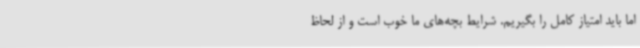
اما باید امتیاز کامل را بگیریم. شرایط بچه‌های ما خوب است و از لحاظ